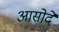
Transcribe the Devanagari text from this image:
आसोदे